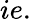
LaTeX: ie.